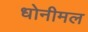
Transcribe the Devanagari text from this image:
धोनीमल